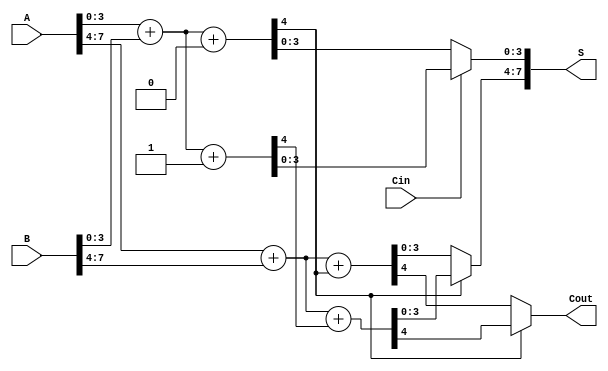
module CarrySelectAdder (
    input [7:0] A,      // 8-bit input A
    input [7:0] B,      // 8-bit input B
    input Cin,          // Carry-in
    output [7:0] S,     // 8-bit sum output
    output Cout         // Carry-out
);

    // Internal signals for the first block (lower 4 bits)
    wire [3:0] S0, S0_prime; // Sums for Cin = 0 and Cin = 1
    wire C0, C0_prime;       // Carry outputs for the first block

    // Internal signals for the second block (upper 4 bits)
    wire [3:0] S1, S1_prime; // Sums for Cin = 0 and Cin = 1
    wire C1, C1_prime;       // Carry outputs for the second block

    // First block (lower 4 bits)
    assign {C0, S0} = A[3:0] + B[3:0] + 4'b0000; // Cin = 0
    assign {C0_prime, S0_prime} = A[3:0] + B[3:0] + 4'b0001; // Cin = 1

    // Second block (upper 4 bits)
    assign {C1, S1} = A[7:4] + B[7:4] + C0; // Cin = C0
    assign {C1_prime, S1_prime} = A[7:4] + B[7:4] + C0_prime; // Cin = C0'

    // Mux for selecting the final sum and carry-out
    assign S[3:0] = (Cin == 1'b0) ? S0 : S0_prime; // Select S0 or S0'
    assign S[7:4] = (C0 == 1'b0) ? S1 : S1_prime; // Select S1 or S1'

    // Final carry-out
    assign Cout = (C0 == 1'b0) ? C1 : C1_prime; // Select Cout based on C0

endmodule